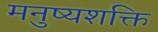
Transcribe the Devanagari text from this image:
मनुष्यशक्ति